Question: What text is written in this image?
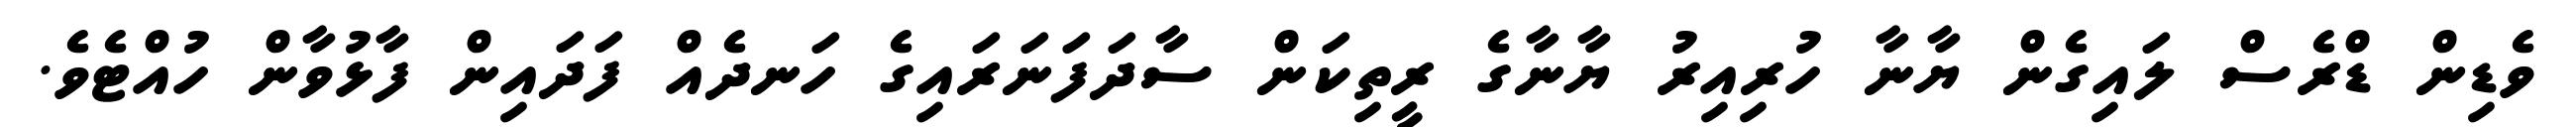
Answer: ވެޑިން ޑްރެސް ލައިގެން ޔާނާ ހުރިއިރު ޔާނާގެ ރީތިކަން ސާދަފަނަރައިގެ ހަނދެއް ފަދައިން ފާޅުވާން ހުއްޓެވެ.